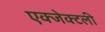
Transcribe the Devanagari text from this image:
एक्जेक्टली